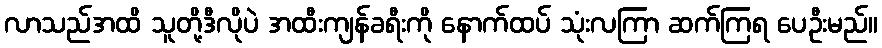
လာသည်အထိ သူတို့ဒီလိုပဲ အထီးကျန်ခရီးကို နောက်ထပ် သုံးလကြာ ဆက်ကြရ ပေဦးမည်။